Report on vaccination in the Province of Bengal - 1874-1889
Year: 1874
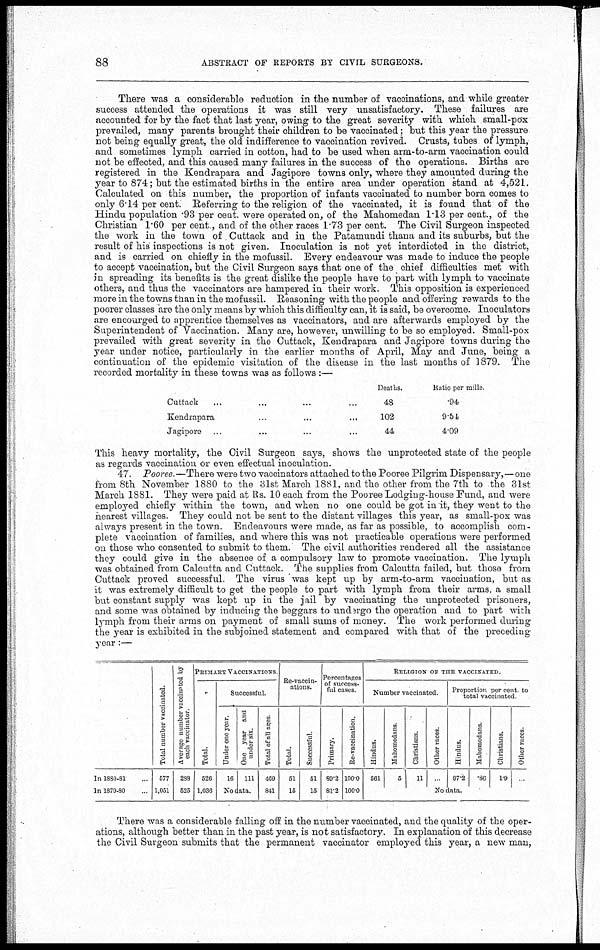
88
ABSTRACT OF REPORTS BY CIVIL SURGEONS.
There was a considerable reduction in the number of vaccinations, and while greater
success attended the operations it was still very unsatisfactory. These failures are
accounted for by the fact that last year, owing to the great severity with which small-pox
prevailed, many parents brought their children to be vaccinated; but this year the pressure
not being equally great, the old indifference to vaccination revived. Crusts, tubes of lymph,
and sometimes lymph carried in cotton, had to be used when arm-to-arm vaccination could
not be effected, and this caused many failures in the success of the operations. Births are
registered in the Kendrapara and Jagipore towns only, where they amounted during the
year to 874; but the estimated births in the entire area under operation stand at 4,521.
Calculated on this number, the proportion of infants vaccinated to number born comes to
only 6.14 per cent. Referring to the religion of the vaccinated, it is found that of the
Hindu population .93 per cent. were operated on, of the Mahomedan 1.13 per cent., of the
Christian 1.60 per cent., and of the other races 1.73 per cent. The Civil Surgeon inspected
the work in the town of Cuttack and in the Patamundi thana and its suburbs, but the
result of his inspections is not given. Inoculation is not yet interdicted in the district,
and is carried on chiefly in the mofussil. Every endeavour was made to induce the people
to accept vaccination, but the Civil Surgeon says that one of the chief difficulties met with
in spreading its benefits is the great dislike the people have to part with lymph to vaccinate
others, and thus the vaccinators are hampered in their work. This opposition is experienced
more in the towns than in the mofussil. Reasoning with the people and offering rewards to the
poorer classes are the only means by which this difficulty can, it is said, be overcome. Inoculators
are encourged to apprentice themselves as vaccinators, and are afterwards employed by the
Superintendent of Vaccination. Many are, however, unwilling to be so employed. Small-pox
prevailed with great severity in the Cuttack, Kendrapara and Jagipore towns during the
year under notice, particularly in the earlier months of April, May and June, being a
continuation of the epidemic visitation of the disease in the last months of 1879. The
recorded mortality in these towns was as follows :—
Cuttack... ...
Kendrapara... ...
Jagipore... ...
Deaths.
48
102
44
Ratio per mille
.94
9.54
4.09
This heavy mortality, the Civil Surgeon says, shows the unprotected state of the people
as regards vaccination or even effectual inoculation.
47. Pooree. —There were two vaccinators attached to the Pooree Pilgrim Dispensary,—one
from 8th November 1880 to the 31st March 1881, and the other from the 7th to the 31st
March 1881. They were paid at Rs. 10 each from the Pooree Lodging-house Fund, and were
employed chiefly within the town, and when no one could be got in it, they went to the
nearest villages. They could not be sent to the distant villages this year, as small-pox was
always present in the town. Endeavours were made, as far as possible, to accomplish com-
plete vaccination of families, and where this was not practicable operations were performed
on those who consented to submit to them. The civil authorities rendered all the assistance
they could give in the absence of a compulsory law to promote vaccination. The lymph
was obtained from Calcutta and Cuttack. The supplies from Calcutta failed, but those from
Cuttack proved successful. The virus was kept up by arm-to-arm vaccination, but as
it was extremely difficult to get the people to part with lymph from their arms, a small
but constant supply was kept up in the jail by vaccinating the unprotected prisoners,
and some was obtained by inducing the beggars to undergo the operation and to part with
lymph from their arms on payment of small sums of money. The work performed during
the year is exhibited in the subjoined statement and compared with that of the preceding
year:—
In 1880-81...
In 1879-80...
Total number vaccinated.
577
1,051
Average number vaccinated by
each vaccinator.
288
525
PRIMARY VACCINATIONS.
Total.
526
1,036
Successful.
Under one year.
16
One year and
under six.
111
No data.
Total of all ages.
469
841
Re-vaccin-
ations.
Total.
51
15
Successful.
51
15
Percentages
of success-
ful cases.
Primary.
89.2
81.2
Re-vaccination.
100.0
100.0
RELIGION OF THE VACCINATED.
Number vaccinated.
Hindus.
561
Mahomedans.
5
Christians.
11
Other races.
...
Proportion per cent. to
total vaccinated.
Hindus.
97.2
Mahomedans.
.86
Christians.
1.9
Other races.
...
No data.
There was a considerable falling off in the number vaccinated, and the quality of the oper-
ations, although better than in the past year, is not satisfactory. In explanation of this decrease
the Civil Surgeon submits that the permanent vaccinator employed this year, a new man,